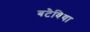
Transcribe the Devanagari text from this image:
बटैविया